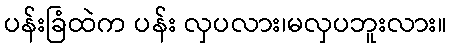
ပန်းခြံထဲက ပန်း လှပလား၊မလှပဘူးလား။